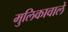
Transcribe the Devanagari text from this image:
मुलिकावाले